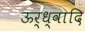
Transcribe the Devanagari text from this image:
ऊर्ध्वादि